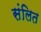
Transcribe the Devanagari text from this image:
संलित